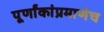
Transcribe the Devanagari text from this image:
पूर्णांकांप्रमाणेच